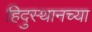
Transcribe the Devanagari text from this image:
हिदुस्थानच्या